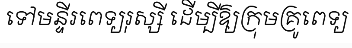
ទៅមន្ទីរពេទ្យរុស្សី ដើម្បីឱ្យក្រុមគ្រូពេទ្យ